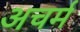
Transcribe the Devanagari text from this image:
अचर्म